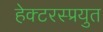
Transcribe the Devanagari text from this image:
हेक्टरस्प्रयुत